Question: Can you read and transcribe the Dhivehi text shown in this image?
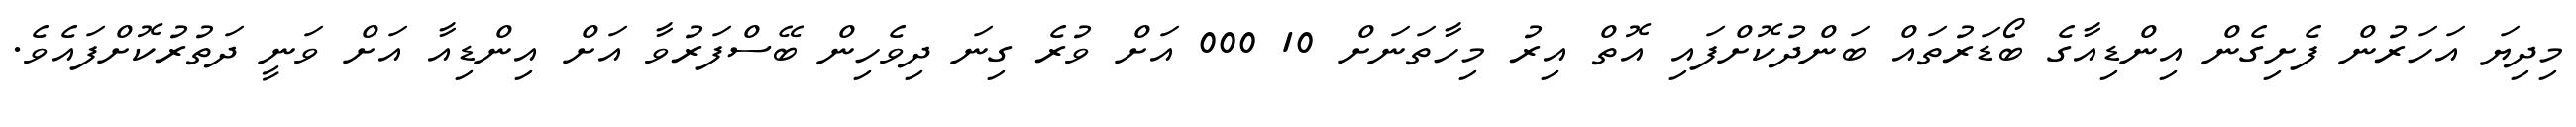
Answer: މިދިޔަ އަހަރުން ފެށިގެން އިންޑިއާގެ ބޯޑަރުތައް ބަންދުކޮށްފައި އޮތް އިރު މިހާތަނަށް 10 000 އަށް ވުރެ ގިނަ ދިވެހިން ބޭސްފަރުވާ އަށް އިންޑިއާ އަށް ވަނީ ދަތުރުކޮށްފައެވެ.